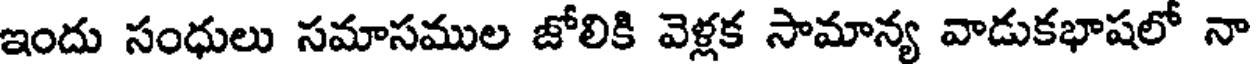
ఇందు సంధులు సమాసముల జోలికి వెళ్లక సామాన్య వాడుకభాషలో నా